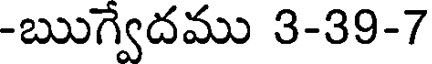
-ఋగ్వేదము 3-39-7